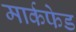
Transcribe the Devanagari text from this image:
मार्कफेड